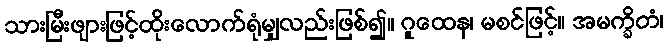
သားမြီးဖျားဖြင့်ထိုးလောက်ရုံမျှလည်းဖြစ်၍။ ဂူထေန၊ မစင်ဖြင့်။ အမက္ခိတံ၊